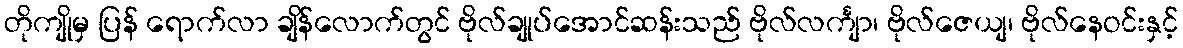
တိုကျိုမှ ပြန် ရောက်လာ ချိန်လောက်တွင် ဗိုလ်ချုပ်အောင်ဆန်းသည် ဗိုလ်လင်္ကျာ၊ ဗိုလ်ဇေယျ၊ ဗိုလ်နေဝင်းနှင့်